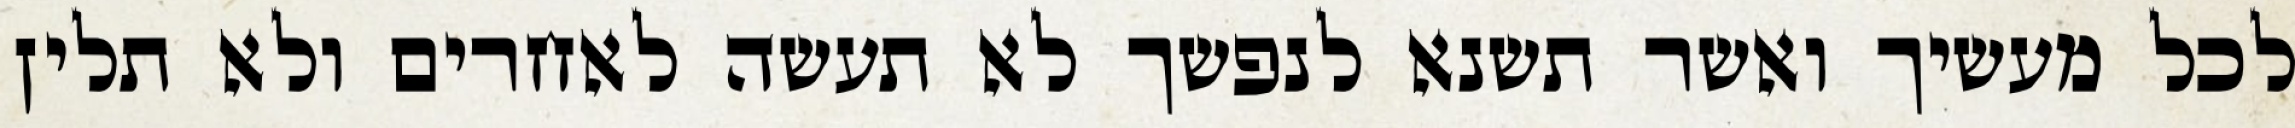
לכל מעשיך ואשר תשנא לנפשך לא תעשה לאחרים ולא תלין